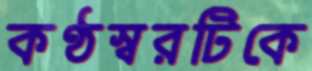
কণ্ঠস্বরটিকে